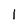
Character: 1